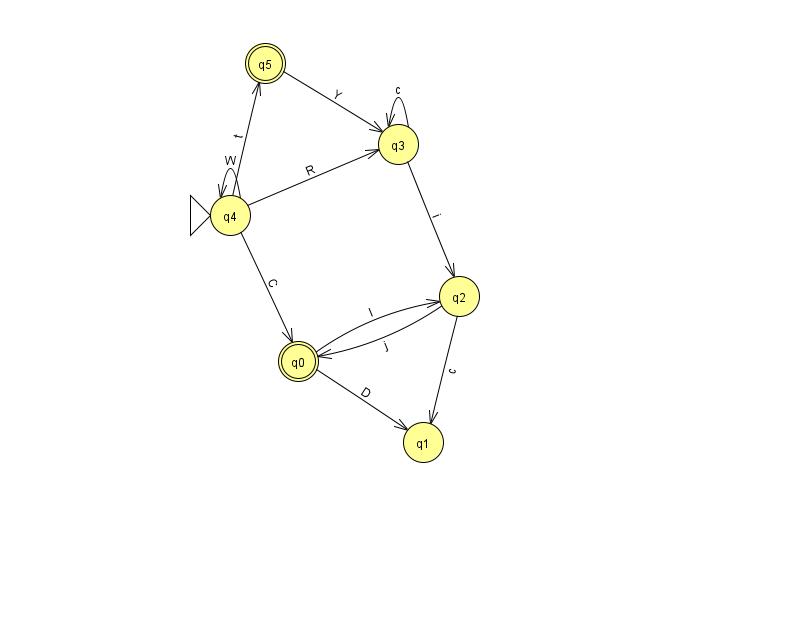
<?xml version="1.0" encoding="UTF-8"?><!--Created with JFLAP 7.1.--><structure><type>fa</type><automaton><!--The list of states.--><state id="0" name="q0"><x>298.0</x><y>348.0</y><final/></state><state id="1" name="q1"><x>423.0</x><y>429.0</y></state><state id="2" name="q2"><x>459.0</x><y>283.0</y></state><state id="3" name="q3"><x>398.0</x><y>131.0</y></state><state id="4" name="q4"><x>230.0</x><y>202.0</y><initial/></state><state id="5" name="q5"><x>265.0</x><y>50.0</y><final/></state><!--The list of transitions.--><transition><from>3</from><to>3</to><read>c</read></transition><transition><from>5</from><to>3</to><read>Y</read></transition><transition><from>4</from><to>5</to><read>t</read></transition><transition><from>0</from><to>1</to><read>D</read></transition><transition><from>2</from><to>1</to><read>c</read></transition><transition><from>4</from><to>4</to><read>W</read></transition><transition><from>4</from><to>3</to><read>R</read></transition><transition><from>3</from><to>2</to><read>i</read></transition><transition><from>0</from><to>2</to><read>I</read></transition><transition><from>2</from><to>0</to><read>j</read></transition><transition><from>4</from><to>0</to><read>C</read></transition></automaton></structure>